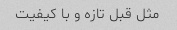
مثل قبل تازه و با کیفیت